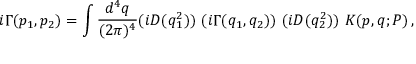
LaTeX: i \Gamma ( p _ { 1 } , p _ { 2 } ) = \int { \frac { d ^ { 4 } q } { ( 2 \pi ) ^ { 4 } } } ( i D ( q _ { 1 } ^ { 2 } ) ) ~ ( i \Gamma ( q _ { 1 } , q _ { 2 } ) ) ~ ( i D ( q _ { 2 } ^ { 2 } ) ) ~ K ( p , q ; P ) \, ,